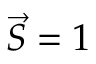
{ \vec { S } } = 1